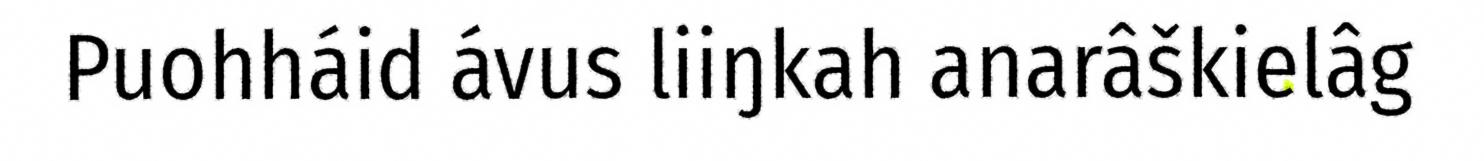
Puohháid ávus liiŋkah anarâškielâg